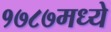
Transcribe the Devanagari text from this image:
१७८७मध्ये